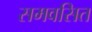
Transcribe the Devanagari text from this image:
समवसित